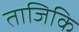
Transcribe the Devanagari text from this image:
ताजिकि